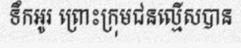
ទឹកអូរ ព្រោះក្រុមជនល្មើសបាន